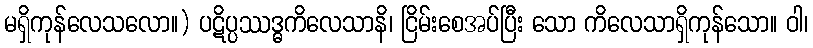
မရှိကုန်လေသလော။) ပဋိပ္ပဿဒ္ဓကိလေသာနိ၊ ငြိမ်းစေအပ်ပြီး သော ကိလေသာရှိကုန်သော။ ဝါ၊